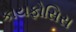
કાયફોસિસ